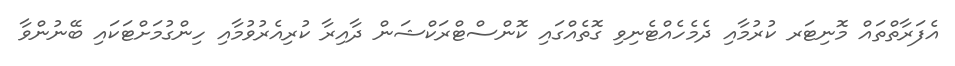
އެފަރާތްތައް މޮނިޓަރ ކުރުމާއި ދެމެހެއްޓެނިވި ގޮތެއްގައި ކޮންސްޓްރަކްޝަން ދާއިރާ ކުރިއެރުވުމާއި ހިންގުމަށްޓަކައި ބޭނުންވާ